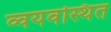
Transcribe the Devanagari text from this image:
व्वयवस्थित